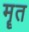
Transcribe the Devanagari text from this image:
मॄत